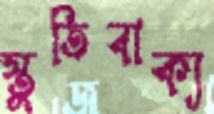
স্তুতিবাক্য